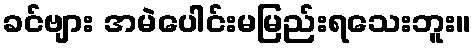
ခင်ဗျား အမဲပေါင်းမမြည်းရသေးဘူး။